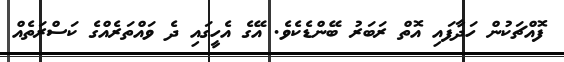
ފޮއްޗަކުން ހަދާފައި އޮތް ރަބަރު ބޭންޑެކެވެ. އޭގެ އެހީގައި ދެ ވައްތަރެއްގެ ކަސްރަތެއް